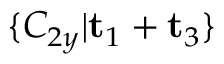
\{ C _ { 2 y } | \mathbf { t } _ { 1 } + \mathbf { t } _ { 3 } \}